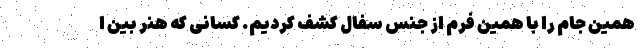
همین جام را با همین فرم از جنس سفال کشف کردیم. کسانی که هنر بین ا